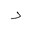
Letter: _dal